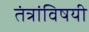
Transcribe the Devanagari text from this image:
तंत्रांविषयी